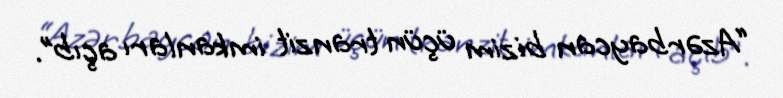
“Azərbaycan bizim üçün tranzit imkanları açıb”.